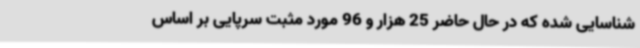
شناسایی شده که در حال حاضر 25 هزار و 96 مورد مثبت سرپایی بر اساس